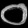
Digit: ၀